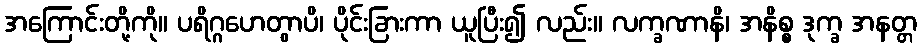
အကြောင်းတို့ကို။ ပရိဂ္ဂဟေတွာပိ၊ ပိုင်းခြားကာ ယူပြီး၍ လည်း။ လက္ခဏာနိ၊ အနိစ္စ ဒုက္ခ အနတ္တ